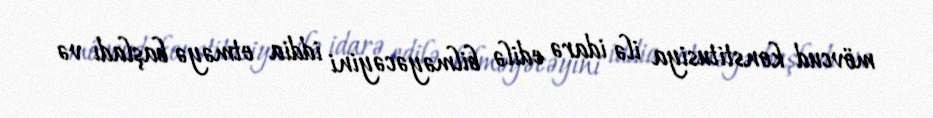
mövcud konstitusiya ilə idarə edilə bilməyəcəyini iddia etməyə başladı və